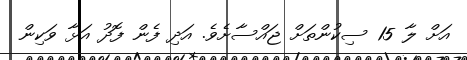
އަށް ލާ 15 ސިކުންތަށް ޖައްސާށެވެ. އަދި ފެން ފޮދު އަޅާ ވަކިން